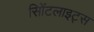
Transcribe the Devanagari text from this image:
सिॲटलाइट्स